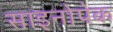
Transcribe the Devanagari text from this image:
साइनोपेक